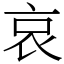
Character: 哀